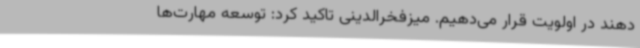
دهند در اولویت قرار می‌دهیم. میزفخرالدینی تاکید کرد: توسعه مهارت‌ها